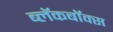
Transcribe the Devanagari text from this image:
ब्‍लॅकबॉक्स